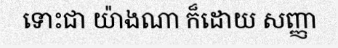
ទោះជា យ៉ាងណា ក៏ដោយ សញ្ញា